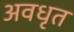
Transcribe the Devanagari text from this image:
अवधृत